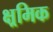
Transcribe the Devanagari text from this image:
क्ष्रमिक